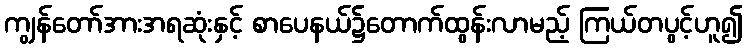
ကျွန်တော်အားအရဆုံးနှင့် စာပေနယ်၌တောက်ထွန်းလာမည့် ကြယ်တပွင့်ဟူ၍